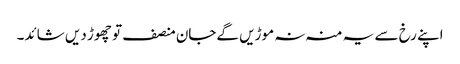
اپنے رخ سے یہ منہ نہ موڑیں گےجان منصف تو چھوڑ دیں شائد۔